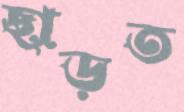
ছাড়ত